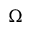
\Omega